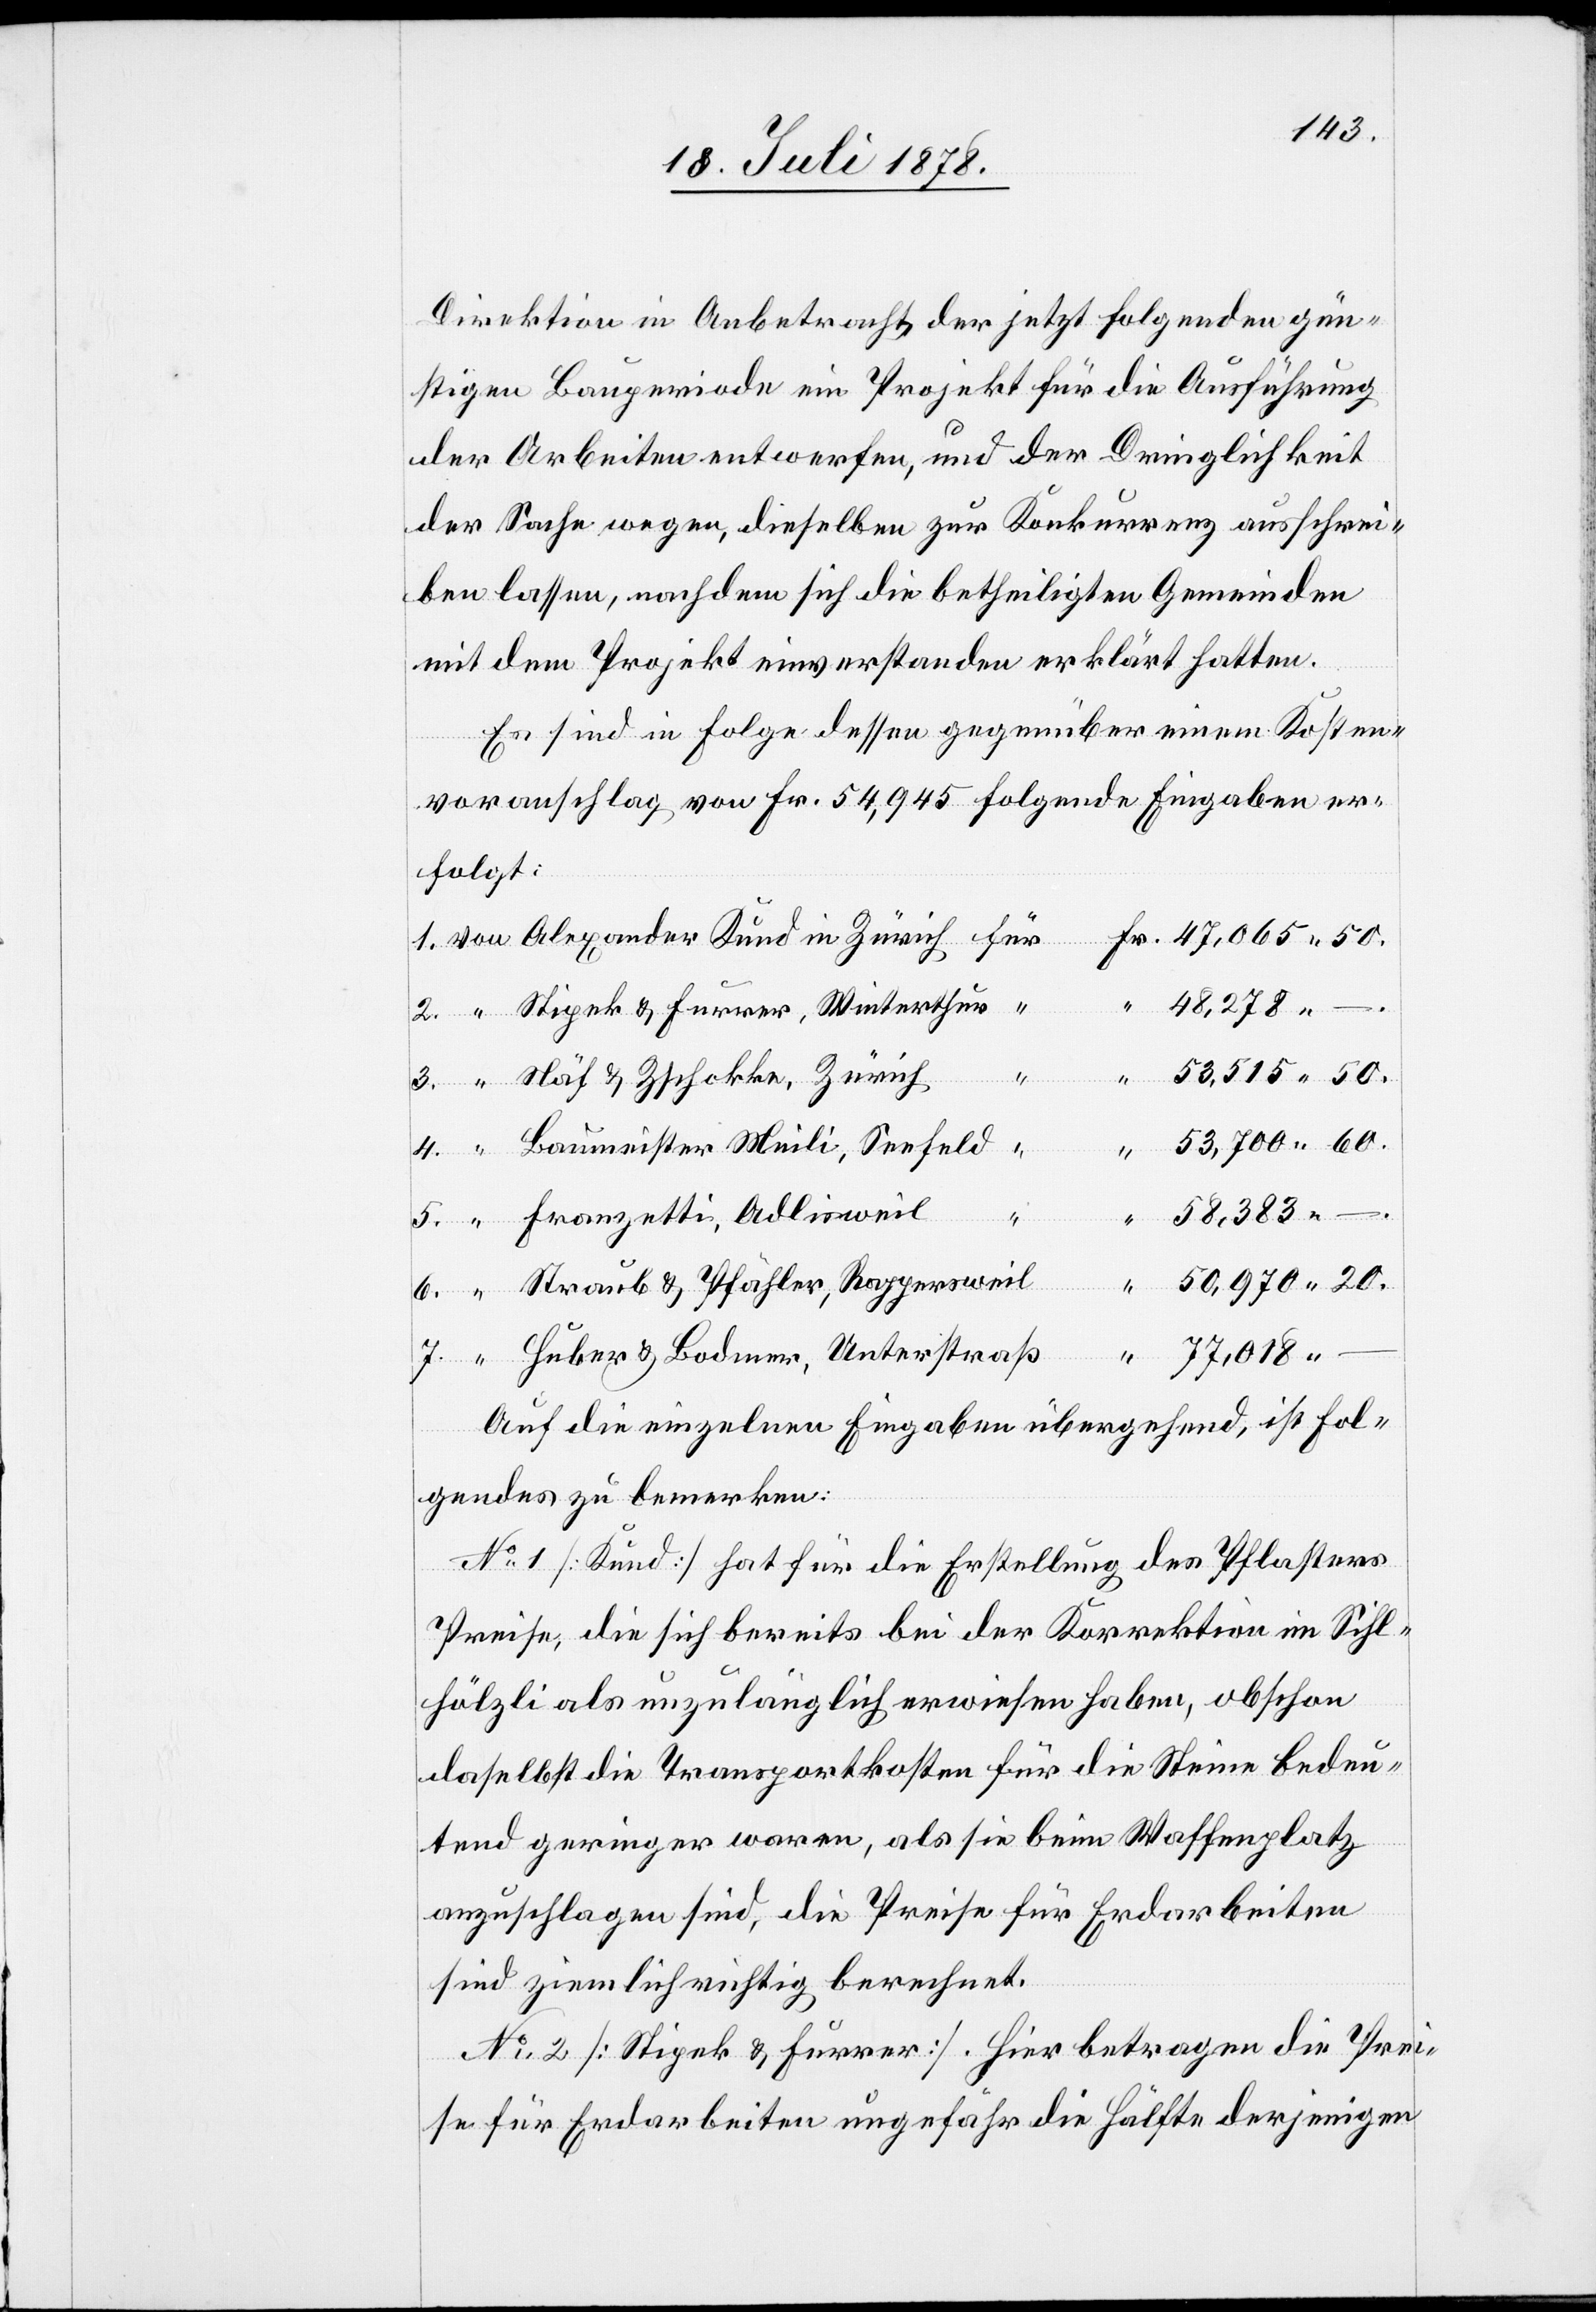
Direktion in Anbetracht der jetzt folgenden gün¬
stigen Bauperiode ein Projekt für die Ausführung
der Arbeiten entwerfen, und der Dringlichkeit
der Sache wegen, dieselben zur Konkurrenz ausschrei¬
ben lassen, nachdem sich die betheiligten Gemeinden
mit dem Projekt einverstanden erklärt hatten.
Es sind in Folge dessen gegenüber einem Kosten¬
voranschlag von Fr. 54,945 folgende Eingaben er¬
folgt:
Stipek & Furrer, Winterthur
6.
nzetti,
53,515 50.
Näf & Zschokke, Zürich
Baumeister Meili, Seefeld
20.
in
Straub & Pfähler, Rappersweil
Huber & Bodmer, Unterstraß
.
77,018 –
Auf die einzelnen Eingaben übergehend, ist fol¬
gendes zu bemerken:
No 1 [Kund] hat für die Erstellung des Pflasters
Preise, die sich bereits bei der Korrektion im Sihl¬
hölzli als unzulänglich erwiesen haben, obschon
daselbst die Transportkosten für die Steine bedeu¬
tend geringer waren, als sie beim Waffenplatz
anzuschlagen sind, die Preise für Erdarbeiten
sind ziemlich richtig berechnet.
No 2 [Stipek & Furrer]. Hier betragen die Prei¬
se für Erdarbeiten ungefähr die Hälfte derjenigen